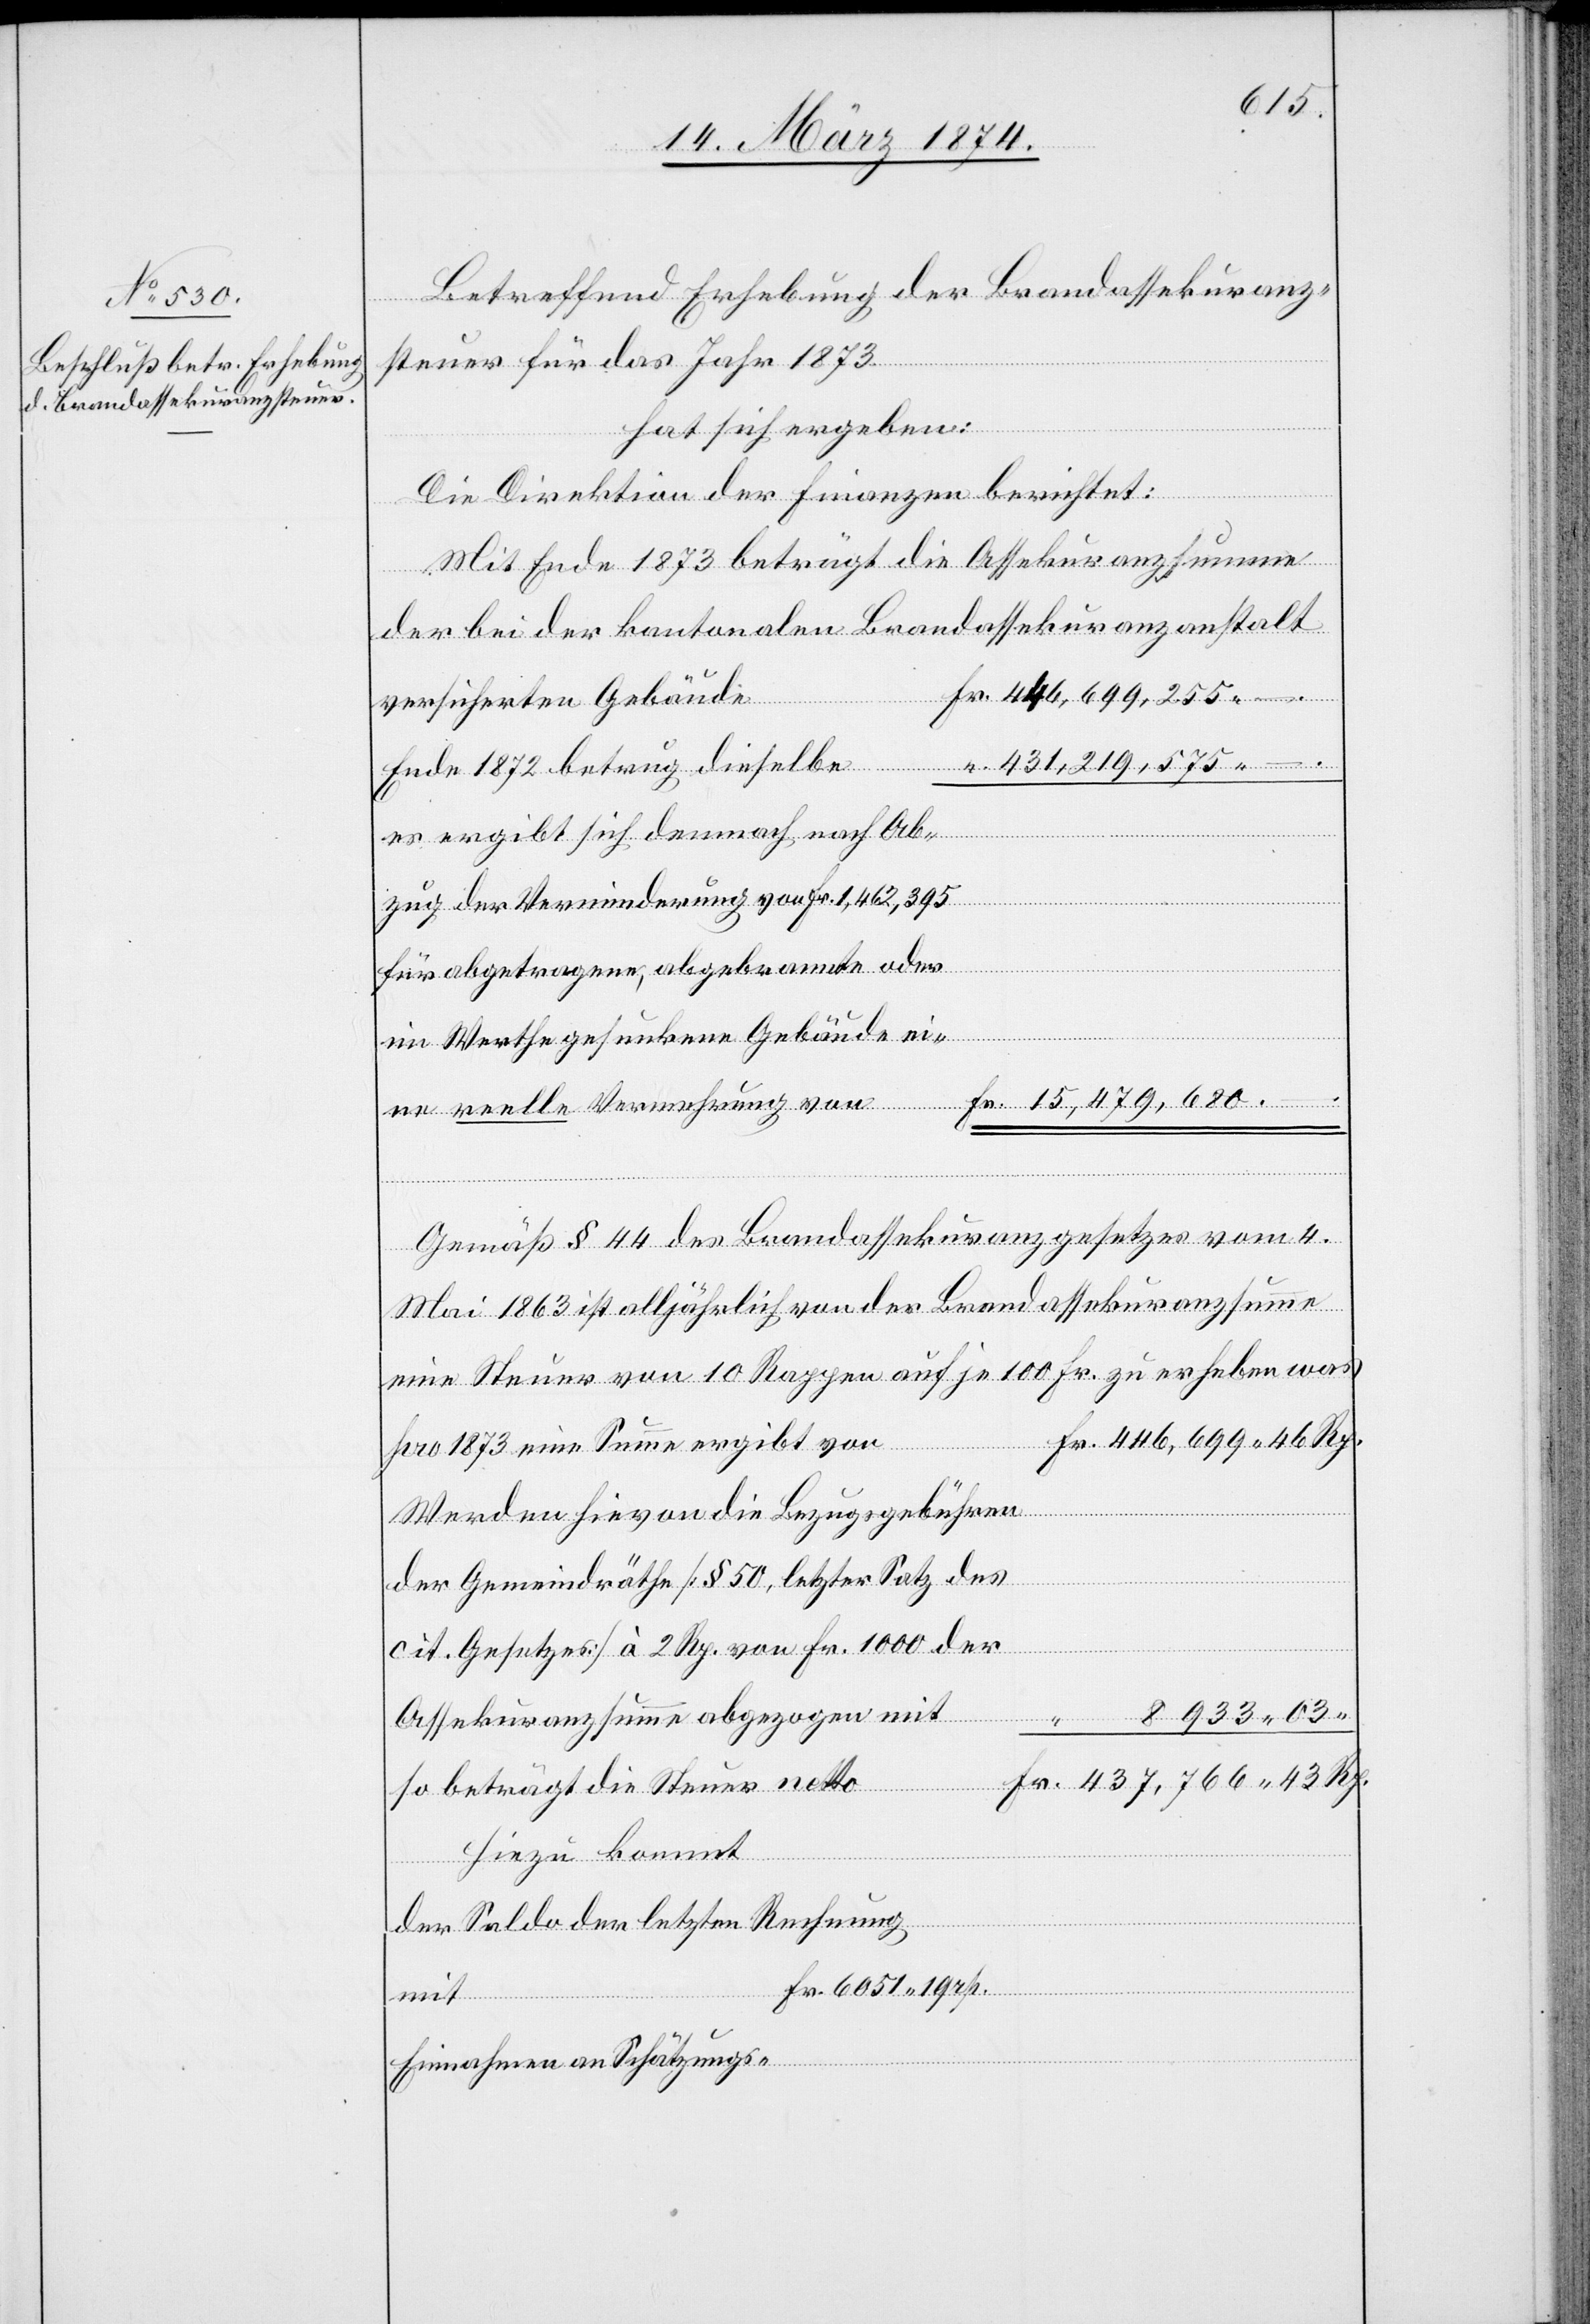
des
Betreffend Erhebung der Brandassekuranz¬
steuer für das Jahr 1873
hat sich ergeben:
Die Direktion der Finanzen berichtet:
Mit Ende 1873 beträgt die Assekuranzsumme
“
der bei der kantonalen Brandassekuranzanstalt
Fr. 446,699,255.–
versicherten Gebäude
es ergibt sich demnach nach Ab¬
zug der Verminderung von Fr. 1,462,395
für abgetragene, abgebrannte oder
im Werthe gesunkene Gebäude ei¬
Fr. 15,479,680.–
ne reelle Vermehrung von
Gemäß § 44 des Brandassekuranzgesetzes vom 4.
Mai 1863 ist alljährlich von der Brandassekuranzsumme
eine Steuer von 10 Rappen auf je 100 Fr. zu erheben was
betrug
pro 1873 eine Summe ergibt von
Werden hievon die Bezugsgebühren
cit. Gesetzes] à 2 Rp. von Fr. 1000 der
Assekuranzsumme abgezogen mit
so beträgt die Steuer netto
hinzu kommt
der Saldo der letzten Rechnung
mit
Einnahmen an Schätzungs-